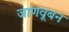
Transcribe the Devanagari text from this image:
जाणवूबन